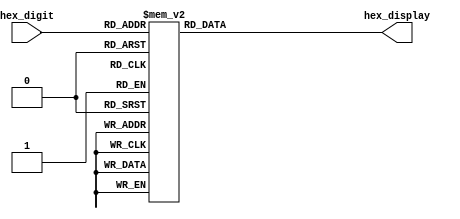
// Version:    1 
// Description: using continuous assignment to convert the binary hex value to the active LED to represent that HEX

module sevensegdecoder_proc_sefunmi(hex_digit, hex_display);
   input  [3:0] hex_digit;
   output [6:0] hex_display;
   reg [6:0] hex_display;
   // INSERT YOUR CODE HERE
   always@(hex_digit) begin
        case(hex_digit)
           4'b0000:    hex_display = 7'b1111110;
           4'b0001:    hex_display = 7'b0110000;
           4'b0010:    hex_display = 7'b1101101;
           4'b0011:    hex_display = 7'b1111001;
	   4'b0100:    hex_display = 7'b1110011;
           4'b0101:    hex_display = 7'b1011011;
           4'b0110:    hex_display = 7'b1011111;
           4'b0111:    hex_display = 7'b1110000;
	   4'b1000:    hex_display = 7'b1111111;
           4'b1001:    hex_display = 7'b1111011;
           4'b1010:    hex_display = 7'b1110111;
           4'b1011:    hex_display = 7'b0011111;
	   4'b1100:    hex_display = 7'b1001110;
           4'b1101:    hex_display = 7'b0111101;
           4'b1110:    hex_display = 7'b1001111;
           4'b1111:    hex_display = 7'b1000111;
           default: hex_display = 7'bxxxxxxx;
        endcase
     end
endmodule